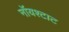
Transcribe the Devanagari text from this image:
नॉयश्टाट